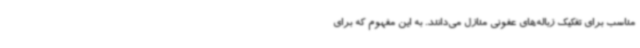
مناسب برای تفکیک زباله‌های عفونی منازل می‌دانند. به این مفهوم که برای